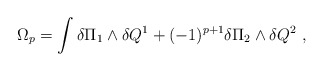
\begin{align*}\Omega_p = \int \delta \Pi_1 \wedge \delta Q^1 + (-1)^{p+1}\delta \Pi_2 \wedge \delta Q^2\ ,\end{align*}